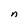
Character: n